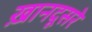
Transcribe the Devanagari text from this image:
ख़ानदूसरे